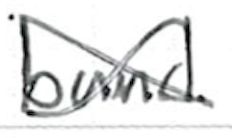
Text: band
Cross-out: cross
Writing tool: ballpoint